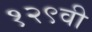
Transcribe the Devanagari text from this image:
१२९वी